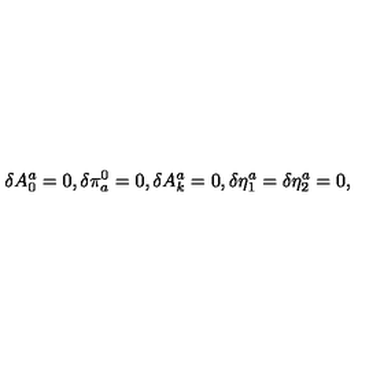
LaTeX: \delta A _ { 0 } ^ { a } = 0 , \delta \pi _ { a } ^ { 0 } = 0 , \delta A _ { k } ^ { a } = 0 , \delta \eta _ { 1 } ^ { a } = \delta \eta _ { 2 } ^ { a } = 0 ,